Indian journal of veterinary science and animal husbandry - Volumes 24-25, 1954-1955
Year: 1954
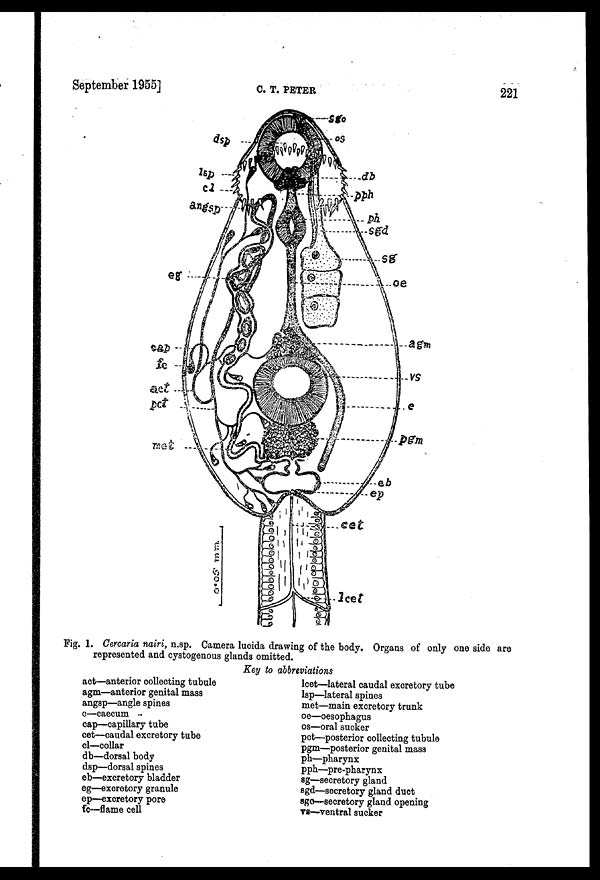
September 1955]
C.
T.
PETER
221
Fig. 1. Cercaria nairi, n.sp. Camera lucida drawing of the body. Organs of only one side are
represented and cystogenous glands omitted.
Key to abbreviations
act—anterior collecting tubule
agm—anterior genital mass
angsp—angle spines
c—caecum
cap—capillary tube
cet—caudal excretory tube
cl—collar
db—dorsal body
dsp—dorsal spines
eb—excretory bladder
eg—excretory granule
ep—excretory pore
fc—flame cell
lcet—lateral caudal excretory tube
lsp—lateral spines
met—main excretory trunk
oe—oesophagus
os—oral sucker
pet—posterior collecting tubule
pgm—posterior genital mass
ph—pharynx
pph—pre-pharynx
sg—secretory gland
sgd—secretory gland duct
sgo—secretory gland opening
vs—ventral sucker